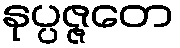
နုပ္ပဇ္ဇတေ